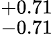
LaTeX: ^{+0.71}_{-0.71}